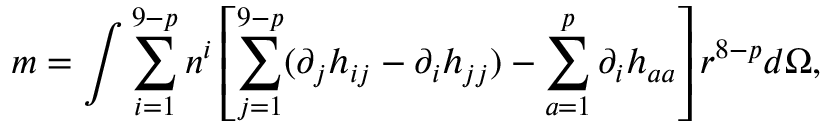
m = \int \sum _ { i = 1 } ^ { 9 - p } n ^ { i } \left[ \sum _ { j = 1 } ^ { 9 - p } ( \partial _ { j } h _ { i j } - \partial _ { i } h _ { j j } ) - \sum _ { a = 1 } ^ { p } \partial _ { i } h _ { a a } \right] r ^ { 8 - p } d \Omega ,